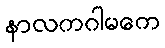
နာလကဂါမကေ